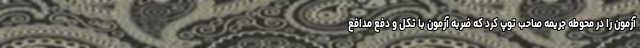
آزمون را در محوطه جریمه صاحب توپ کرد که ضربه آزمون با تکل و دفع مدافع